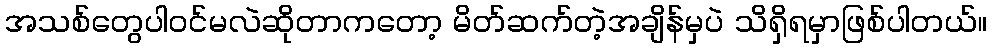
အသစ်တွေပါဝင်မလဲဆိုတာကတော့ မိတ်ဆက်တဲ့အချိန်မှပဲ သိရှိရမှာဖြစ်ပါတယ်။